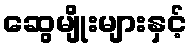
ဆွေမျိုးများနှင့်